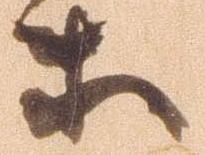
等